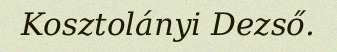
Kosztolányi Dezső.